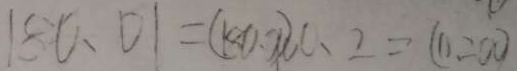
1 8 0 . 0 1 = ( 1 8 0 . 0 1 0 0 ) 0 . 2 = ( 0 . 2 0 0 )